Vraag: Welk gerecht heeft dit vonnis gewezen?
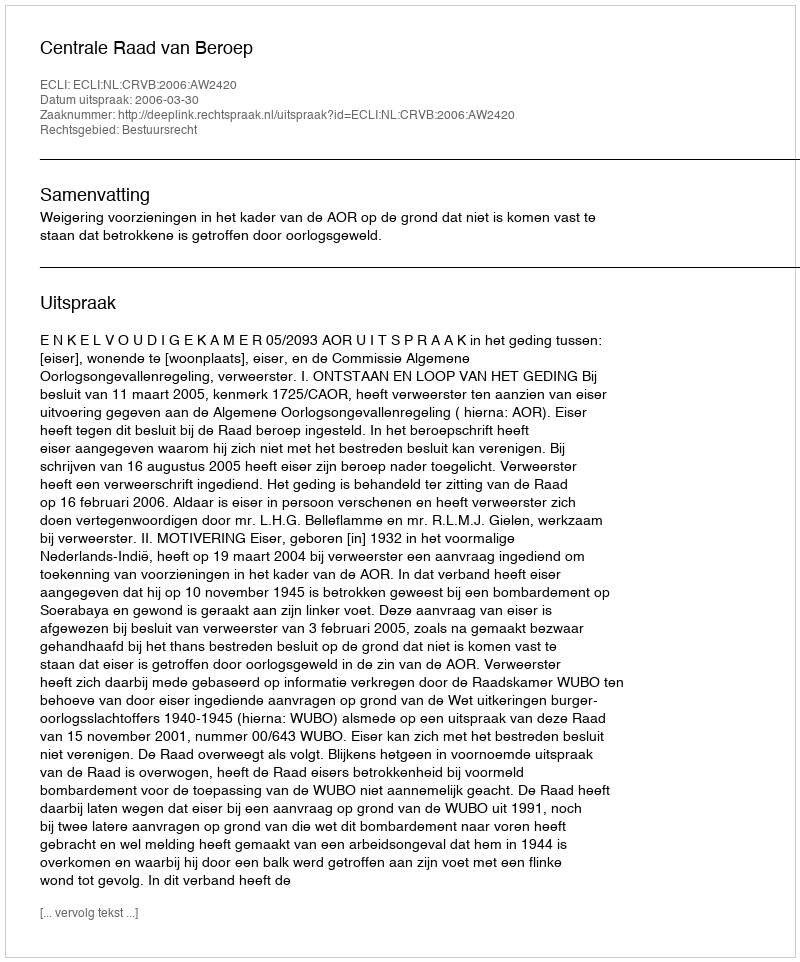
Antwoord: Centrale Raad van Beroep